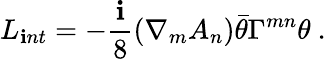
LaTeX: L_{\mathbf{i}nt}=-\frac{{\mathbf{i}}}{{8}}\left({\nabla}_{m}{A_{n}}\right)\bar{{\theta}}{\Gamma}^{mn}{\theta}\ .